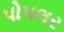
પોપલર